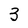
Character: 3